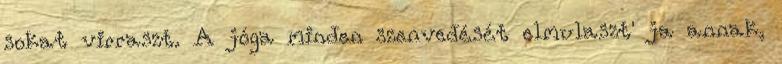
sokat virraszt. A jóga minden szenvedését elmulaszt' ja annak,